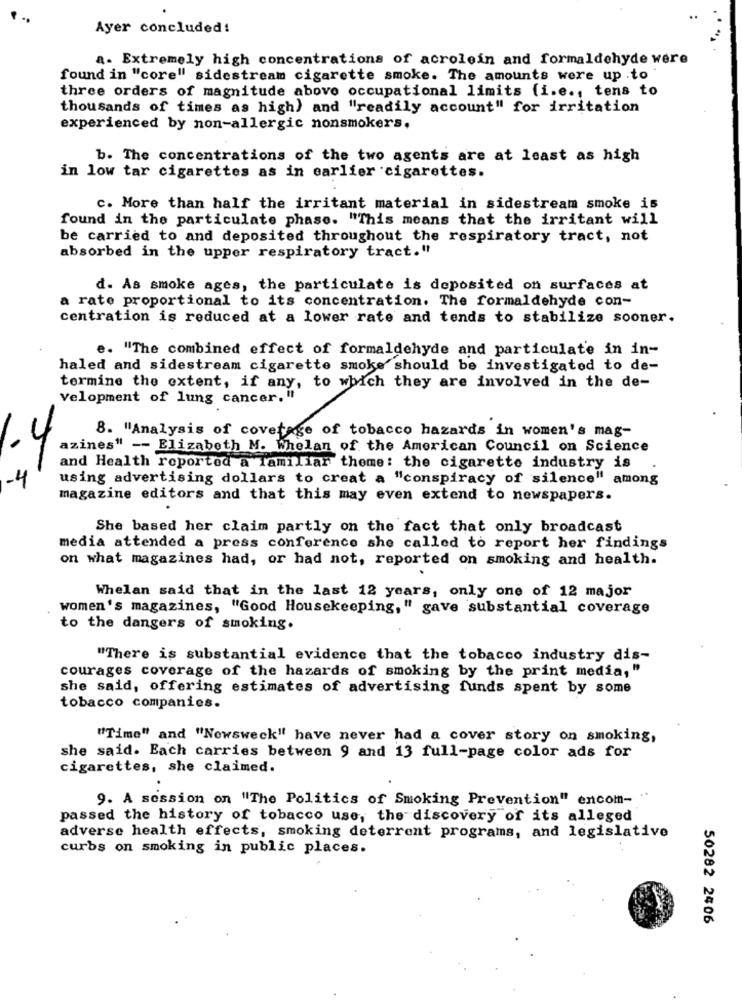
Ayer concluded!
a. Extremely high concentrations of acrolein and formaldehyde were
found in "core" sidestream cigarette smoke. The amounts were up to
three orders of magnitude above occupational limits (i.e ., tens to
thousands of times as high) and "readily account" for irritation
experienced by non-allergic nonsmokers.
b. The concentrations of the two agents are at least as high
in low tar cigarettes as in earlier cigarettes.
c. More than half the irritant material in sidestream smoke is
found in the particulate phase. "This means that the irritant will
be carried to and deposited throughout the respiratory tract, not
absorbed in the upper respiratory tract."
d. As smoke ages, the particulate is deposited on surfaces at
a rate proportional to its concentration. The formaldehyde con-
centration is reduced at a lower rate and tends to stabilize sooner.
e. "The combined effect of formaldehyde and particulate in in-
haled and sidestream cigarette smoke should be investigated to de-
termine the extent, if any, to which they are involved in the de-
Velopment of lung cancer. it
8. "Analysis of coverage of tobacco hazards in women's mag-
1.4
azines" -- Elizabeth M. Whelan of the American Council on Science
and Health reported a familiar theme: the cigarette industry is
using advertising dollars to creat a "conspiracy of silence" among
-4
magazine editors and that this may even extend to newspapers.
She based her claim partly on the fact that only broadcast
media attended a press conference she called to report her findings
on what magazines had, or had not, reported on smoking and health.
Whelan said that in the last 12 years, only one of 12 major
women's magazines, "Good Housekeeping," gave substantial coverage
to the dangers of smoking.
"There is substantial evidence that the tobacco industry dis-
courages coverage of the hazards of smoking by the print media, "
she said, offering estimates of advertising funds spent by some
tobacco companies.
"Time" and "Newsweck" have never had a cover story on smoking,
she said. Each carries between 9 and 13 full-page color ads for
cigarettes, she claimed.
9. A session on "The Politics of Smoking Prevention" encom- "
passed the history of tobacco use, the discovery of its alleged
adverse health effects, smoking deterrent programs, and legislative
curbs on smoking in public places.
50282 2406